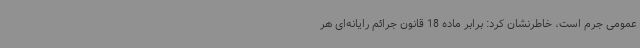
عمومی جرم است، خاطرنشان کرد: برابر ماده 18 قانون جرائم رایانه‌ای هر